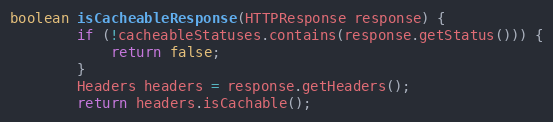
Language: Java
boolean isCacheableResponse(HTTPResponse response) {
        if (!cacheableStatuses.contains(response.getStatus())) {
            return false;
        }
        Headers headers = response.getHeaders();
        return headers.isCachable();